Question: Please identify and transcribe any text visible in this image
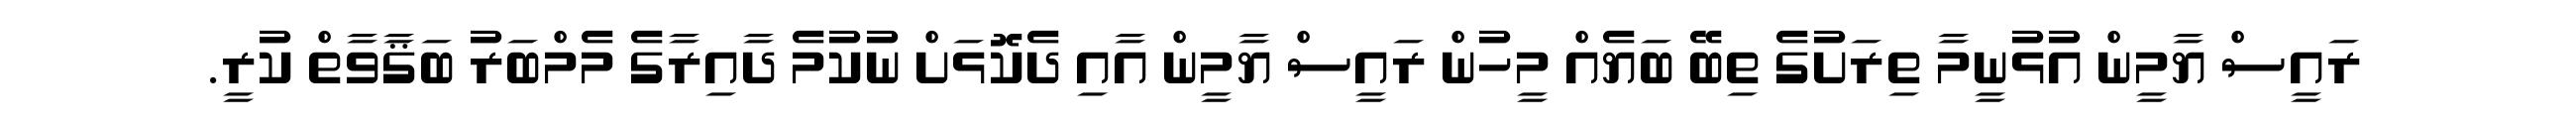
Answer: ރައީސް ޔާމީން އުޅުނީމާ ތިރަށުގެ ތިބޭ ބަޔެއް މީހުން ރައީސް ޔާމީން އާއި ދެކޮޅަށް ނުކުމެ ދާއިރާގެ މެމްބަރު ބަޤާވާތް ކުރީ.